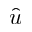
\hat { u }